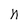
Character: n